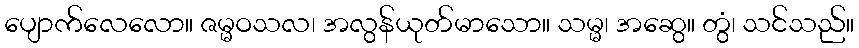
ပျောက်လေလော။ ဇမ္မဝသလ၊ အလွန်ယုတ်မာသော။ သမ္မ၊ အဆွေ။ တွံ၊ သင်သည်။